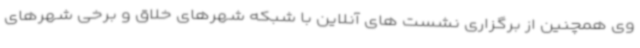
وی همچنین از برگزاری نشست های آنلاین با شبکه شهرهای خلاق و برخی شهرهای